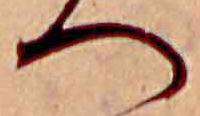
へ